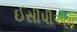
ઈસીપીએમ